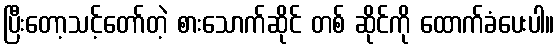
ပြီးတော့သင့်တော်တဲ့ စားသောက်ဆိုင် တစ် ဆိုင်ကို ထောက်ခံပေးပါ။